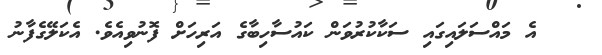
އެ މައްސަލައިގައި ސަކާކުރުވަން ކައުސާހިބާގެ އަރިހަށް ފޮނުވިއެވެ. އެކަލޭގެފާނު